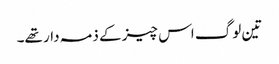
تین لوگ اس چیز کے ذمہ دار تھے۔